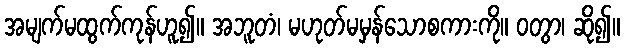
အမျက်မထွက်ကုန်ဟူ၍။ အဘူတံ၊ မဟုတ်မမှန်သောစကားကို။ ဝတွာ၊ ဆို၍။